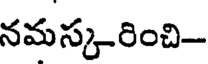
నమస్కరించి-